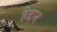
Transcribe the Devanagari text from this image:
हेद्दन